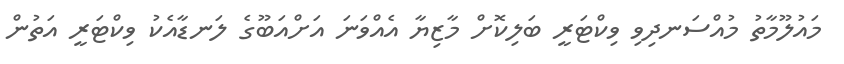
މައުލޫމާތު މުއްސަނދިވި ވިކްޓަރީ ބަލިކޮށް މާޒިޔާ އެއްވަނަ އަށްއަބޫގެ ލަނޑާއެކު ވިކްޓަރީ އަތުން